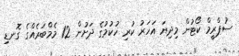
ސުޕްރީމް ކޯޓުން މިދިޔަ އަހަރު ކުރި ހުކުމުގެ ދަށުން 12 މެމްބަރެއްގެ ގޮނޑި